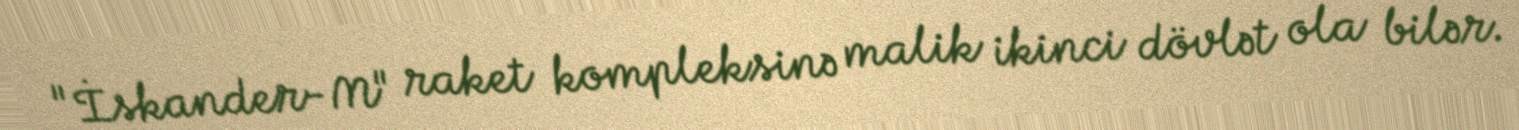
"İskander-M" raket kompleksinə malik ikinci dövlət ola bilər.